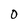
Character: 0